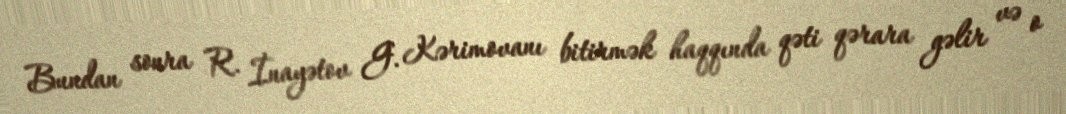
Bundan sonra R. İnayətov G. Kərimovanı bitirmək haqqında qəti qərara gəlir və o